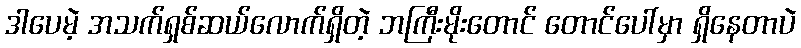
ဒါပေမဲ့ အသက်ရှစ်ဆယ်လောက်ရှိတဲ့ ဘကြီးမိုးတောင် တောင်ပေါ်မှာ ရှိနေတာပဲ